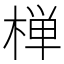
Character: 椫